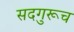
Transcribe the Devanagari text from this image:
सदगुरूच